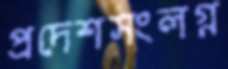
প্রদেশসংলগ্ন